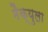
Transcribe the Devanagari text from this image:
मैक्युला